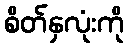
စိတ်နှလုံးကို